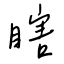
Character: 瞎